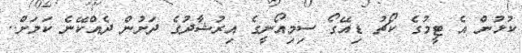
ކުޅުން އެ ޓީމުގެ ކޯޗު ޑިއޭގޯ ސިިމިއޯނީގެ އިރުޝާދުގެ ދަށުން ދެއްކޭނެ ކަމަށް..